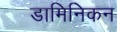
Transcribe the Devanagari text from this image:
डामिनिकन